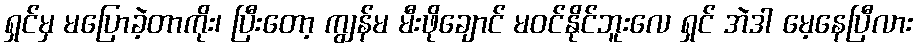
ရှင်မှ မပြောခဲ့တာကိုး၊ ပြီးတော့ ကျွန်မ မီးဖိုချောင် မဝင်နိုင်ဘူးလေ ရှင် အဲဒါ မေ့နေပြီလား